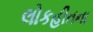
લોકહીતના